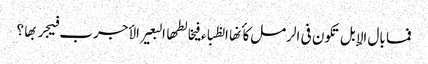
فما بال الإبل تکون فی الرمل کأنها الظباء فیخالطها البعیر الأجرب فیجربها ؟